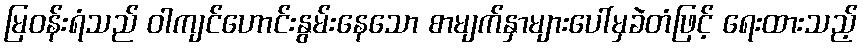
မြဝန်းရံသည် ဝါကျင်ဟောင်းနွမ်းနေသော စာမျက်နှာများပေါ်မှခဲတံဖြင့် ရေးထားသည့်